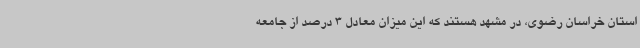
استان خراسان رضوی، در مشهد هستند که این میزان معادل 3 درصد از جامعه